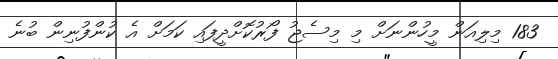
183 މިލިއަން މީހުންނަށް މި މިސެޖު ފޯރުކޮށްދީފައި ކަމަށް އެ ކުންފުނިން ބުނެ